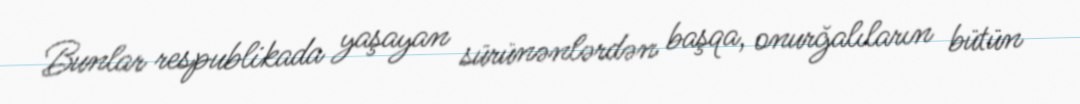
Bunlar respublikada yaşayan sürünənlərdən başqa, onurğalıların bütün